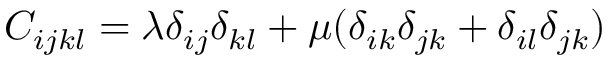
C _ { i j k l } = \lambda \delta _ { i j } \delta _ { k l } + \mu ( \delta _ { i k } \delta _ { j k } + \delta _ { i l } \delta _ { j k } )